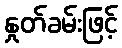
နှုတ်ခမ်းဖြင့်